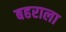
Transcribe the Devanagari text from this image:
बहराला